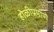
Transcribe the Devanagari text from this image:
होळीप्रमाणे